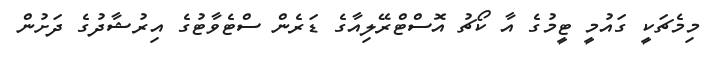
މިމެޗަކީ ގައުމީ ޓީމުގެ އާ ކޯޗު އޮސްޓްރޭލިއާގެ ޑަރެން ސްޓެވާޓުގެ އިރުޝާދުގެ ދަށުން